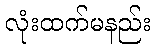
လုံးထက်မနည်း